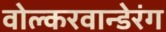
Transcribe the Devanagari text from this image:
वोल्करवान्डेरंग